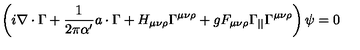
\left( i \nabla \cdot \Gamma + \frac { 1 } { 2 \pi \alpha ^ { \prime } } a \cdot \Gamma + H _ { \mu \nu \rho } \Gamma ^ { \mu \nu \rho } + g F _ { \mu \nu \rho } \Gamma _ { | | } \Gamma ^ { \mu \nu \rho } \right) \psi = 0